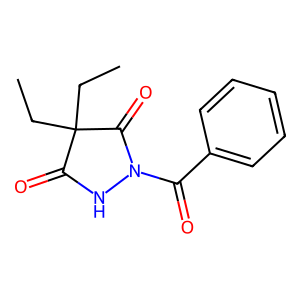
SMILES: CCC1(CC)C(=O)NN(C(=O)c2ccccc2)C1=O
Inhibits HIV replication: No